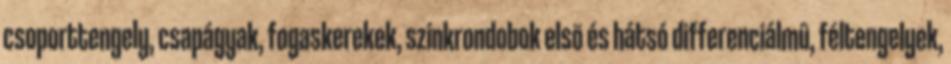
csoporttengely, csapágyak, fogaskerekek, szinkrondobok elsõ és hátsó differenciálmû, féltengelyek,